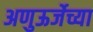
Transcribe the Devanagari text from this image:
अणुऊर्जेच्या